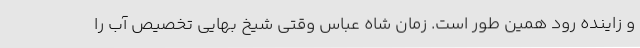
و زاینده رود همین طور است. زمان شاه عباس وقتی شیخ بهایی تخصیص آب را